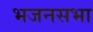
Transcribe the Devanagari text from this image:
भजनसभा